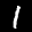
Label: 1